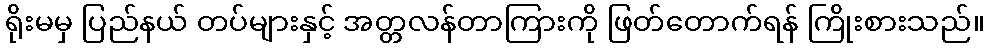
ရိုးမမှ ပြည်နယ် တပ်များနှင့် အတ္တလန်တာကြားကို ဖြတ်တောက်ရန် ကြိုးစားသည်။